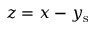
z = x - y _ { \mathrm { s } }